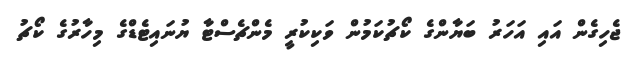
ޖެހިގެން އައި އަހަރު ބަޔާންގެ ކޯޗުކަމުން ވަކިކުރީ މެންޗެސްޓާ ޔުނައިޓެޑްގެ މިހާރުގެ ކޯޗު